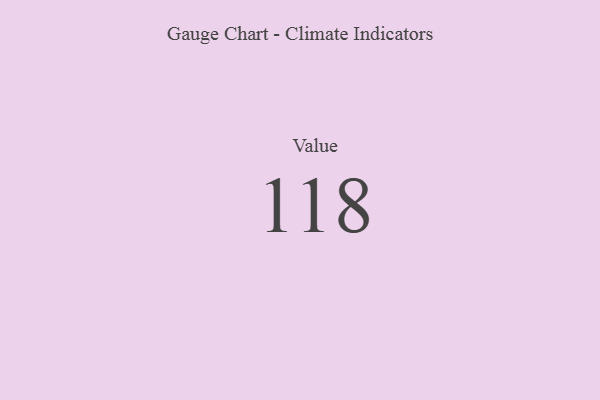
{"axis": {"x": "Metric", "y": "Value"}, "legend": [""], "data": [{"x": "Value", "y": 118, "type": ""}]}